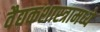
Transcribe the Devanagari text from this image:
वैद्यकशास्त्रामध्ये